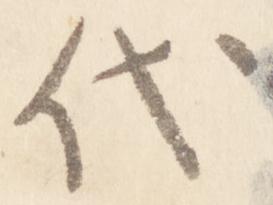
代